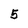
Character: 5